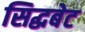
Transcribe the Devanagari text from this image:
सिद्धबेट